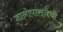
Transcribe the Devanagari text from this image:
ज्ञानोपासनेची